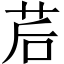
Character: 茩